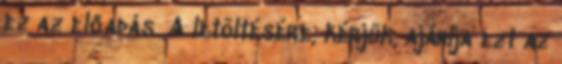
ez az előadás. A letöltésére, kérjük, ajánlja ezt az